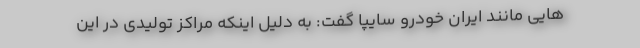
هایی مانند ایران خودرو سایپا گفت: به دلیل اینکه مراکز تولیدی در این